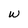
Character: W